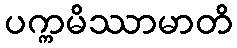
ပက္ကမိဿာမာတိ